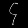
Digit: ၄